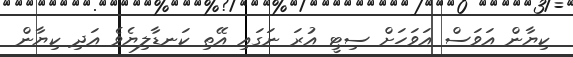
ކިޔާން އަވަސް އަވަހަށް ސިޓީ އުރަ ނަގައި އޭތި ކަނޑާލިޔެވެ އަދި ކިޔާން